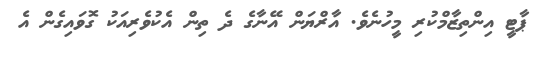
ޕާޓީ އިންތިޒާމްކުރި މީހުނެވެ. އާރްޔަން އޭނާގެ ދެ ތިން އެކުވެރިއަކު ގޮވައިގެން އެ